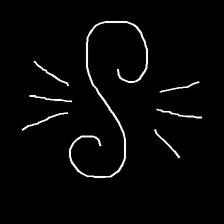
Glyph: wind-directs-air